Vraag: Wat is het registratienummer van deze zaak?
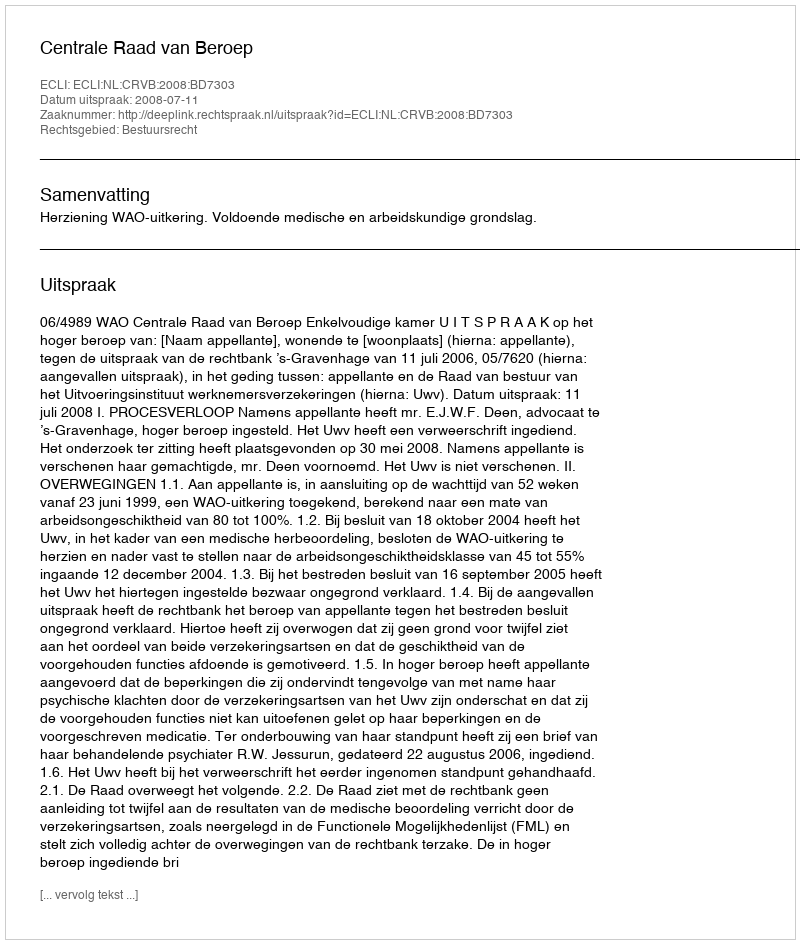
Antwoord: http://deeplink.rechtspraak.nl/uitspraak?id=ECLI:NL:CRVB:2008:BD7303